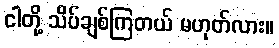
ငါတို့ သိပ်ချစ်ကြတယ် မဟုတ်လား။